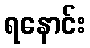
ရနောင်း